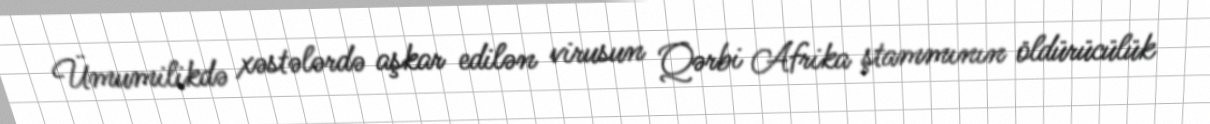
Ümumilikdə xəstələrdə aşkar edilən virusun Qərbi Afrika ştammının öldürücülük